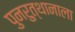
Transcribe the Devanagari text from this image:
पुनरुत्थानाला